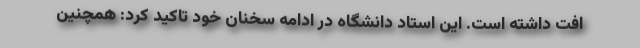
افت داشته است. این استاد دانشگاه در ادامه سخنان خود تاکید کرد: همچنین